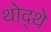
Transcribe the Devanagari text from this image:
थोद्थे